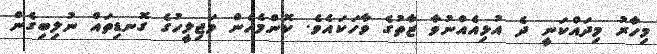
މިހާރު މިދައްކަނީ ދެ އުޅިއެއްނުވާ ޒާތުގެ ވާހަކައެވެ. ކޮންމެހެން މަޖިލީހުގެ ގޮނޑިތައް ނުލިބިގެން